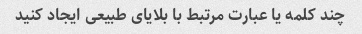
چند کلمه یا عبارت مرتبط با بلایای طبیعی ایجاد کنید